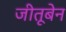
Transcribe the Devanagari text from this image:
जीतूबेन